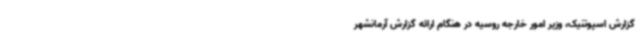
گزارش اسپوتنیک، وزیر امور خارجه روسیه در هنگام ارائه گزارش آرمانشهر